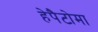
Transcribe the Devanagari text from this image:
हेपैटोमा